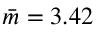
{ \bar { m } } = 3 . 4 2